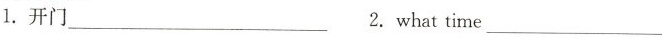
1.开门___ 2.what time___